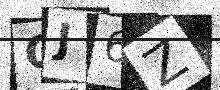
Text: QJ6Z